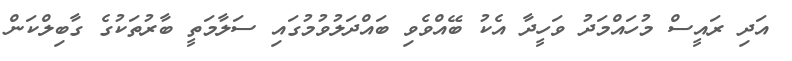
އަދި ރައީސް މުހައްމަދު ވަހީދާ އެކު ބޭއްވެވި ބައްދަލުވުމުގައި ސަލާމަތީ ބާރުތަކުގެ ގާބިލްކަން